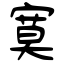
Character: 寞